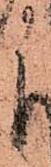
に